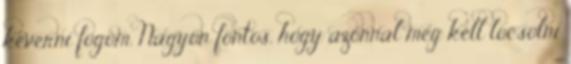
keverni fogom. Nagyon fontos, hogy azonnal meg kell locsolni